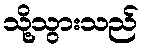
သို့သွားသည်